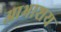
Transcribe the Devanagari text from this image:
आभाशय